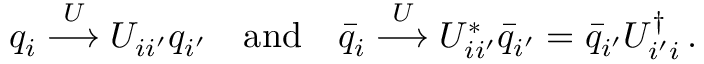
q _ { i } \stackrel { U } { \longrightarrow } U _ { i i ^ { \prime } } q _ { i ^ { \prime } } \quad \mathrm { a n d } \quad \bar { q } _ { i } \stackrel { U } { \longrightarrow } U _ { i i ^ { \prime } } ^ { * } \bar { q } _ { i ^ { \prime } } = \bar { q } _ { i ^ { \prime } } U _ { i ^ { \prime } i } ^ { \dagger } \, .